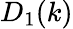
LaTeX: D_{1}(k)